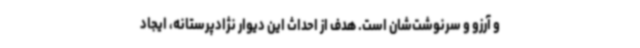
و آرزو و سرنوشت‌شان است. هدف از احداث این دیوار نژادپرستانه، ایجاد